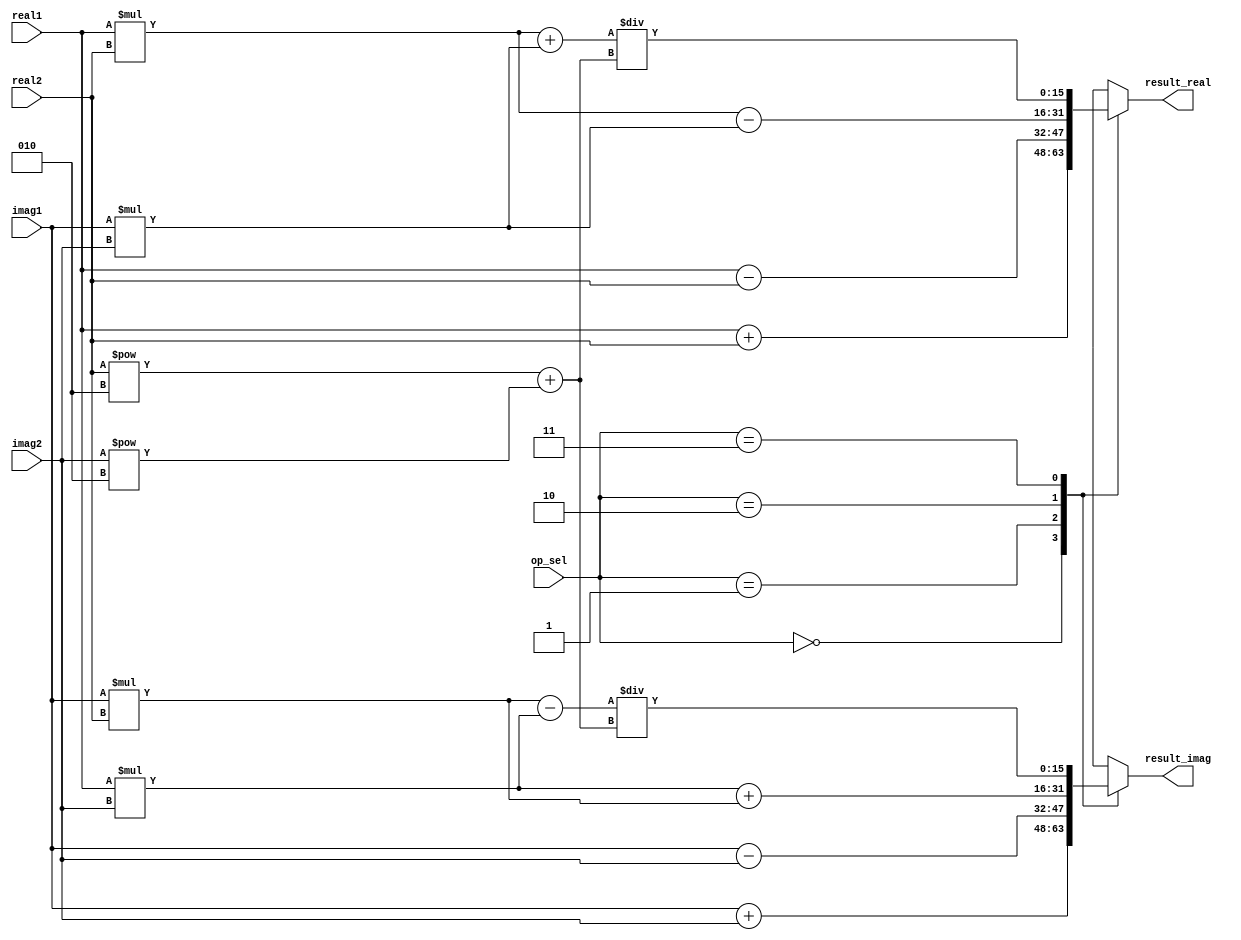
module Complex_ALU (
    input [15:0] real1, imag1, // input complex number 1
    input [15:0] real2, imag2, // input complex number 2
    input [1:0] op_sel, // operation selection: 00-add, 01-subtract, 10-multiply, 11-divide
    output [15:0] result_real, result_imag // output complex number
);

reg [15:0] temp_real, temp_imag;

always @(*) begin
    case(op_sel)
        2'b00: begin // Addition
            temp_real = real1 + real2;
            temp_imag = imag1 + imag2;
        end
        2'b01: begin // Subtraction
            temp_real = real1 - real2;
            temp_imag = imag1 - imag2;
        end
        2'b10: begin // Multiplication
            temp_real = (real1 * real2) - (imag1 * imag2);
            temp_imag = (real1 * imag2) + (imag1 * real2);
        end
        2'b11: begin // Division
            temp_real = ((real1 * real2) + (imag1 * imag2)) / (real2**2 + imag2**2);
            temp_imag = ((imag1 * real2) - (real1 * imag2)) / (real2**2 + imag2**2);
        end
    endcase
end

assign result_real = temp_real;
assign result_imag = temp_imag;

endmodule